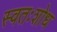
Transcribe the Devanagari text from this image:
स्वतःशोध